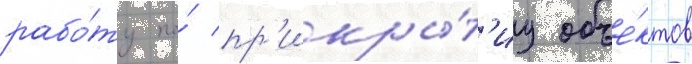
рабо́ту по́ пр'икры́т'иу объе́ктов